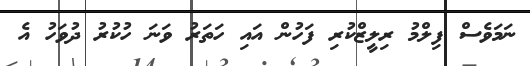
ނަމަވެސް ފިލްމު ރިލީޒްކުރި ފަހުން އައި ހަތަރު ވަނަ ހުކުރު ދުވަހު އެ